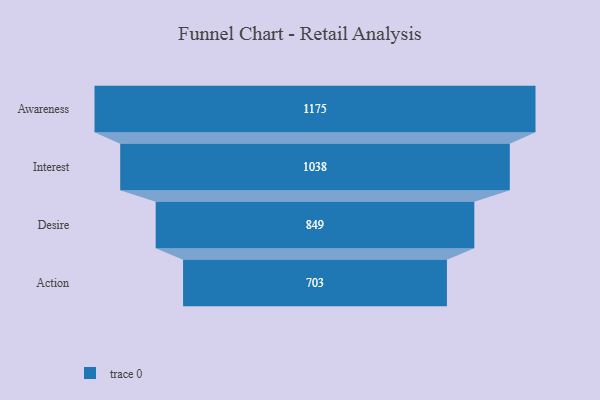
{"axis": {"x": "Stage", "y": "Value"}, "legend": [""], "data": [{"x": "Awareness", "y": 1175.0, "type": ""}, {"x": "Interest", "y": 1038.0, "type": ""}, {"x": "Desire", "y": 849.0, "type": ""}, {"x": "Action", "y": 703.0, "type": ""}]}